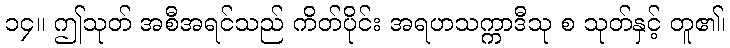
၁၄။ ဤသုတ် အစီအရင်သည် ကိတ်ပိုင်း အရဟသက္ကာဒီသု စ သုတ်နှင့် တူ၏၊